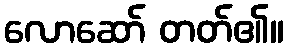
လောဆော် တတ်၏။